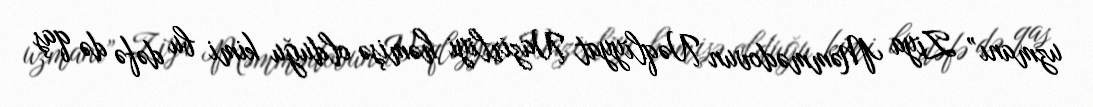
uzmanı” Ziya Məmmədovun Nəqliyyat Nazirliyi həmişə olduğu kimi bu dəfə də qaş